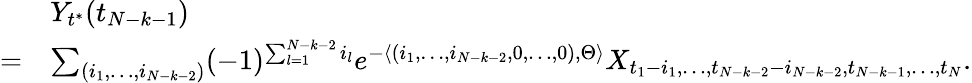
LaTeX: \begin{array}{rl}&{Y_{t^{*}}(t_{N-k-1})}\\ {=}&{\sum_{(i_{1},\dots,i_{N-k-2})}(-1)^{\sum_{l=1}^{N-k-2}i_{l}}e^{-\langle(i_{1},\dots,i_{N-k-2},0,\dots,0),\Theta\rangle}X_{{t_{1}-i_{1}},\dots,t_{N-k-2}-i_{N-k-2},t_{N-k-1},\dots,{t_{N}}}.}\end{array}